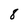
Character: 8